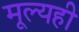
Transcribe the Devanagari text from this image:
मूल्यही